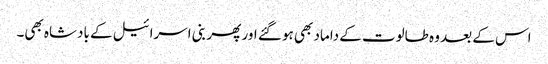
اس کے بعد وہ طالوت کے داماد بھی ہو گئے اور پھر بنی اسرائیل کے بادشاہ بھی۔